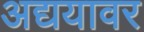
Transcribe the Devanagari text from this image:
अद्ययावर